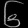
Digit: ၆